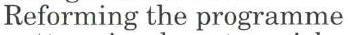
Reforming the programme